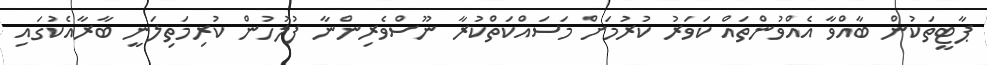
ޕާޓީތަކުން ބާއްވާ އެއްވުންތައް ކަވަރު ކުރުމަށް މަސައްކަތްކުރާ ނޫސްވެރިންނާ ފުލުހުން ކުރިމަތިލަނީ ބާރާއެކުގައި